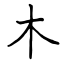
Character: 木